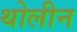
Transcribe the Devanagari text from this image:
थोलीन